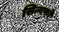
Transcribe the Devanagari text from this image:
सिन्गफो